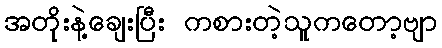
အတိုးနဲ့ချေးပြီး ကစားတဲ့သူကတော့ဗျာ